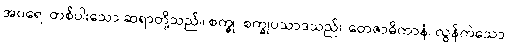
အပရေ၊ တစ်ပါးသော ဆရာတို့သည်။ စက္ခု၊ စက္ခုပသာဒသည်။ တေဇာဓိကာနံ၊ လွန်ကဲသော